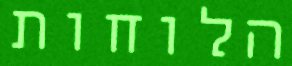
הלוחות